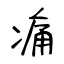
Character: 痛